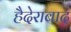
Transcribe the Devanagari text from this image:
हैदेराबाद